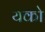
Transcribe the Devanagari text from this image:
यको